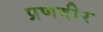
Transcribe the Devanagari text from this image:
प्रणवीर